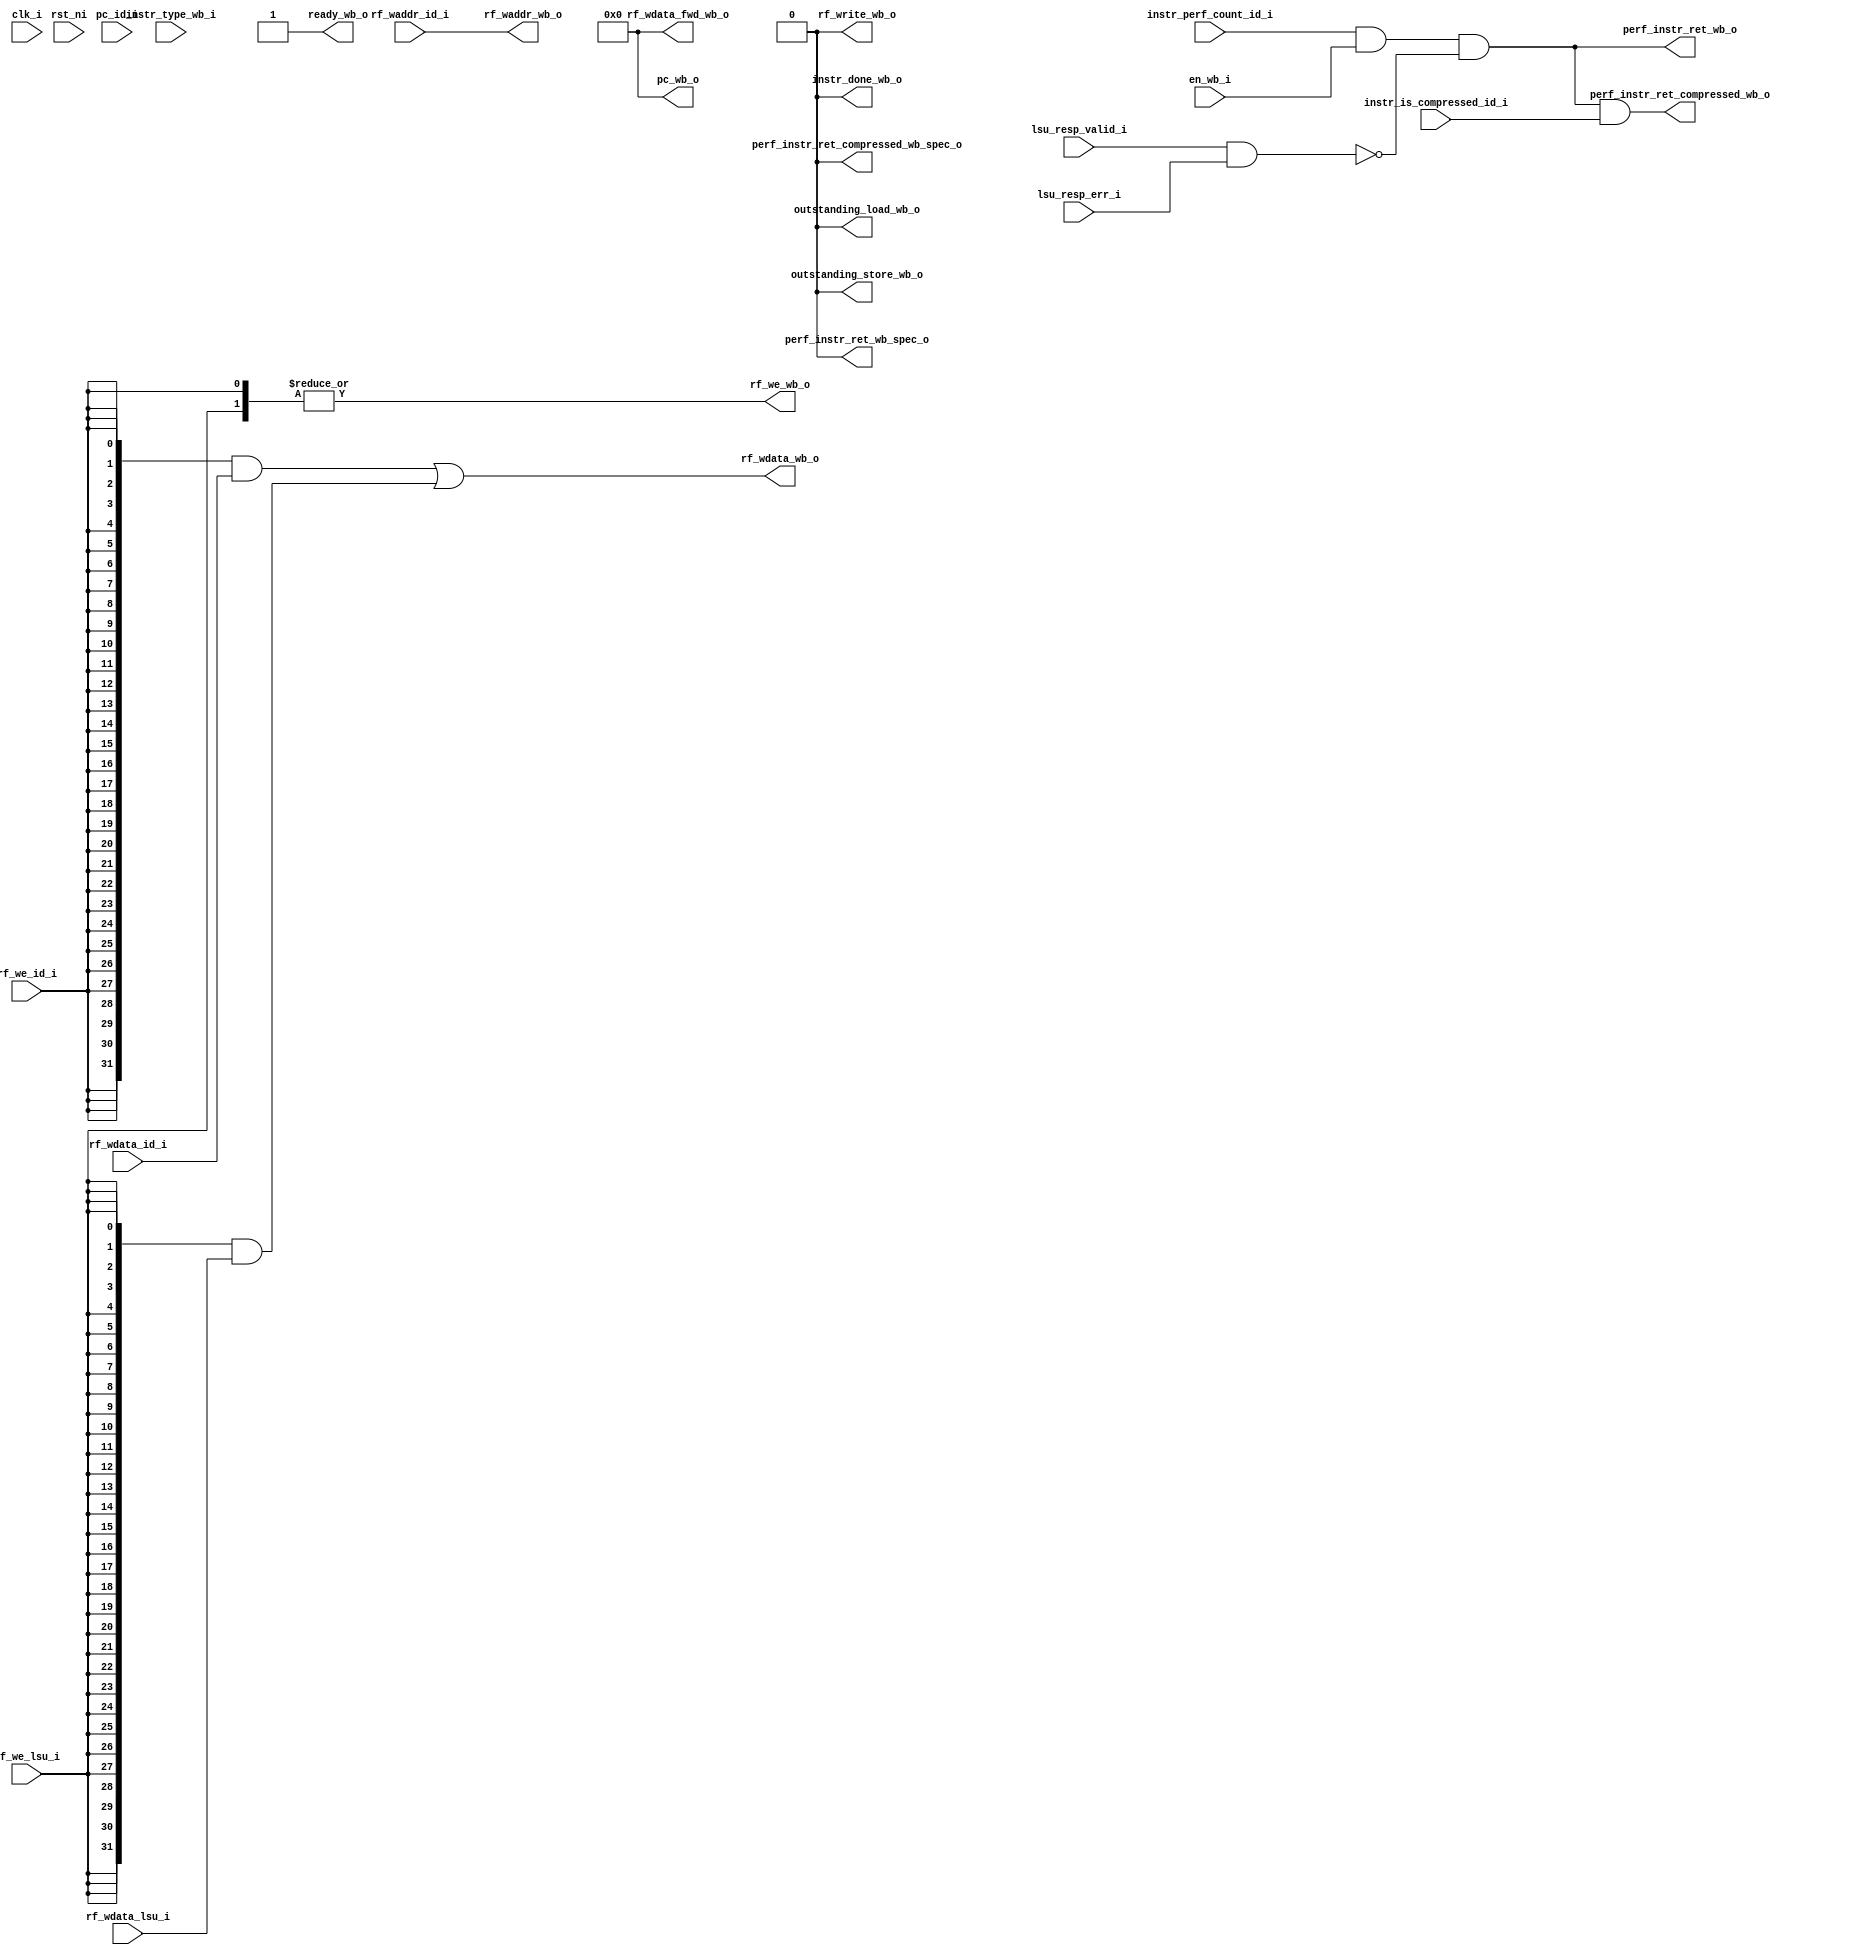
// Copyright lowRISC contributors.
// Licensed under the Apache License, Version 2.0, see LICENSE for details.
// SPDX-License-Identifier: Apache-2.0
module ibex_wb_stage (
	clk_i,
	rst_ni,
	en_wb_i,
	instr_type_wb_i,
	pc_id_i,
	instr_is_compressed_id_i,
	instr_perf_count_id_i,
	ready_wb_o,
	rf_write_wb_o,
	outstanding_load_wb_o,
	outstanding_store_wb_o,
	pc_wb_o,
	perf_instr_ret_wb_o,
	perf_instr_ret_compressed_wb_o,
	perf_instr_ret_wb_spec_o,
	perf_instr_ret_compressed_wb_spec_o,
	rf_waddr_id_i,
	rf_wdata_id_i,
	rf_we_id_i,
	rf_wdata_lsu_i,
	rf_we_lsu_i,
	rf_wdata_fwd_wb_o,
	rf_waddr_wb_o,
	rf_wdata_wb_o,
	rf_we_wb_o,
	lsu_resp_valid_i,
	lsu_resp_err_i,
	instr_done_wb_o
);
	parameter [0:0] ResetAll = 1'b0;
	parameter [0:0] WritebackStage = 1'b0;
	input wire clk_i;
	input wire rst_ni;
	input wire en_wb_i;
	input wire [1:0] instr_type_wb_i;
	input wire [31:0] pc_id_i;
	input wire instr_is_compressed_id_i;
	input wire instr_perf_count_id_i;
	output wire ready_wb_o;
	output wire rf_write_wb_o;
	output wire outstanding_load_wb_o;
	output wire outstanding_store_wb_o;
	output wire [31:0] pc_wb_o;
	output wire perf_instr_ret_wb_o;
	output wire perf_instr_ret_compressed_wb_o;
	output wire perf_instr_ret_wb_spec_o;
	output wire perf_instr_ret_compressed_wb_spec_o;
	input wire [4:0] rf_waddr_id_i;
	input wire [31:0] rf_wdata_id_i;
	input wire rf_we_id_i;
	input wire [31:0] rf_wdata_lsu_i;
	input wire rf_we_lsu_i;
	output wire [31:0] rf_wdata_fwd_wb_o;
	output wire [4:0] rf_waddr_wb_o;
	output wire [31:0] rf_wdata_wb_o;
	output wire rf_we_wb_o;
	input wire lsu_resp_valid_i;
	input wire lsu_resp_err_i;
	output wire instr_done_wb_o;
	wire [31:0] rf_wdata_wb_mux [0:1];
	wire [1:0] rf_wdata_wb_mux_we;
	generate
		if (WritebackStage) begin : g_writeback_stage
			reg [31:0] rf_wdata_wb_q;
			reg rf_we_wb_q;
			reg [4:0] rf_waddr_wb_q;
			wire wb_done;
			reg wb_valid_q;
			reg [31:0] wb_pc_q;
			reg wb_compressed_q;
			reg wb_count_q;
			reg [1:0] wb_instr_type_q;
			wire wb_valid_d;
			assign wb_valid_d = (en_wb_i & ready_wb_o) | (wb_valid_q & ~wb_done);
			assign wb_done = (wb_instr_type_q == 2'd2) | lsu_resp_valid_i;
			always @(posedge clk_i or negedge rst_ni)
				if (!rst_ni)
					wb_valid_q <= 1'b0;
				else
					wb_valid_q <= wb_valid_d;
			if (ResetAll) begin : g_wb_regs_ra
				always @(posedge clk_i or negedge rst_ni)
					if (!rst_ni) begin
						rf_we_wb_q <= 1'sb0;
						rf_waddr_wb_q <= 1'sb0;
						rf_wdata_wb_q <= 1'sb0;
						wb_instr_type_q <= 2'd0;
						wb_pc_q <= 1'sb0;
						wb_compressed_q <= 1'sb0;
						wb_count_q <= 1'sb0;
					end
					else if (en_wb_i) begin
						rf_we_wb_q <= rf_we_id_i;
						rf_waddr_wb_q <= rf_waddr_id_i;
						rf_wdata_wb_q <= rf_wdata_id_i;
						wb_instr_type_q <= instr_type_wb_i;
						wb_pc_q <= pc_id_i;
						wb_compressed_q <= instr_is_compressed_id_i;
						wb_count_q <= instr_perf_count_id_i;
					end
			end
			else begin : g_wb_regs_nr
				always @(posedge clk_i)
					if (en_wb_i) begin
						rf_we_wb_q <= rf_we_id_i;
						rf_waddr_wb_q <= rf_waddr_id_i;
						rf_wdata_wb_q <= rf_wdata_id_i;
						wb_instr_type_q <= instr_type_wb_i;
						wb_pc_q <= pc_id_i;
						wb_compressed_q <= instr_is_compressed_id_i;
						wb_count_q <= instr_perf_count_id_i;
					end
			end
			assign rf_waddr_wb_o = rf_waddr_wb_q;
			assign rf_wdata_wb_mux[0] = rf_wdata_wb_q;
			assign rf_wdata_wb_mux_we[0] = rf_we_wb_q & wb_valid_q;
			assign ready_wb_o = ~wb_valid_q | wb_done;
			assign rf_write_wb_o = wb_valid_q & (rf_we_wb_q | (wb_instr_type_q == 2'd0));
			assign outstanding_load_wb_o = wb_valid_q & (wb_instr_type_q == 2'd0);
			assign outstanding_store_wb_o = wb_valid_q & (wb_instr_type_q == 2'd1);
			assign pc_wb_o = wb_pc_q;
			assign instr_done_wb_o = wb_valid_q & wb_done;
			assign perf_instr_ret_wb_spec_o = wb_count_q;
			assign perf_instr_ret_compressed_wb_spec_o = perf_instr_ret_wb_spec_o & wb_compressed_q;
			assign perf_instr_ret_wb_o = (instr_done_wb_o & wb_count_q) & ~(lsu_resp_valid_i & lsu_resp_err_i);
			assign perf_instr_ret_compressed_wb_o = perf_instr_ret_wb_o & wb_compressed_q;
			assign rf_wdata_fwd_wb_o = rf_wdata_wb_q;
		end
		else begin : g_bypass_wb
			assign rf_waddr_wb_o = rf_waddr_id_i;
			assign rf_wdata_wb_mux[0] = rf_wdata_id_i;
			assign rf_wdata_wb_mux_we[0] = rf_we_id_i;
			assign perf_instr_ret_wb_spec_o = 1'b0;
			assign perf_instr_ret_compressed_wb_spec_o = 1'b0;
			assign perf_instr_ret_wb_o = (instr_perf_count_id_i & en_wb_i) & ~(lsu_resp_valid_i & lsu_resp_err_i);
			assign perf_instr_ret_compressed_wb_o = perf_instr_ret_wb_o & instr_is_compressed_id_i;
			assign ready_wb_o = 1'b1;
			wire unused_clk;
			wire unused_rst;
			wire [1:0] unused_instr_type_wb;
			wire [31:0] unused_pc_id;
			assign unused_clk = clk_i;
			assign unused_rst = rst_ni;
			assign unused_instr_type_wb = instr_type_wb_i;
			assign unused_pc_id = pc_id_i;
			assign outstanding_load_wb_o = 1'b0;
			assign outstanding_store_wb_o = 1'b0;
			assign pc_wb_o = 1'sb0;
			assign rf_write_wb_o = 1'b0;
			assign rf_wdata_fwd_wb_o = 32'b00000000000000000000000000000000;
			assign instr_done_wb_o = 1'b0;
		end
	endgenerate
	assign rf_wdata_wb_mux[1] = rf_wdata_lsu_i;
	assign rf_wdata_wb_mux_we[1] = rf_we_lsu_i;
	assign rf_wdata_wb_o = ({32 {rf_wdata_wb_mux_we[0]}} & rf_wdata_wb_mux[0]) | ({32 {rf_wdata_wb_mux_we[1]}} & rf_wdata_wb_mux[1]);
	assign rf_we_wb_o = |rf_wdata_wb_mux_we;
endmodule